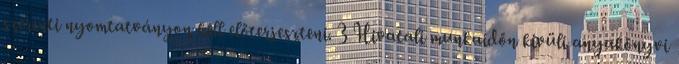
szerinti nyomtatványon kell előterjeszteni. 3 Hivatali munkaidőn kívüli anyakönyvi